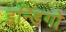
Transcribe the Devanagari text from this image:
इन्डिगो